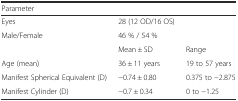
<table><thead><tr><td><b>Parameter</b></td><td></td><td></td></tr></thead><tbody><tr><td>Eyes</td><td>28 (12 OD/16 OS)</td><td></td></tr><tr><td>Male/Female</td><td>46 % / 54 %</td><td></td></tr><tr><td></td><td>Mean ± SD</td><td>Range</td></tr><tr><td>Age (mean)</td><td>36 ± 11 years</td><td>19 to 57 years</td></tr><tr><td>Manifest Spherical Equivalent (D)</td><td>−0.74 ± 0.80</td><td>0.375 to −2.875</td></tr><tr><td>Manifest Cylinder (D)</td><td>−0.7 ± 0.34</td><td>0 to −1.25</td></tr></tbody></table>